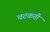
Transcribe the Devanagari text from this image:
चटकती